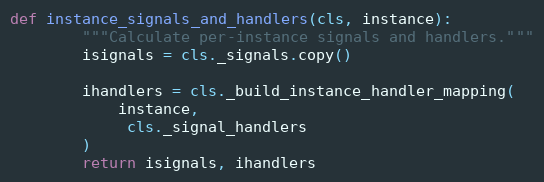
Language: Python
def instance_signals_and_handlers(cls, instance):
        """Calculate per-instance signals and handlers."""
        isignals = cls._signals.copy()

        ihandlers = cls._build_instance_handler_mapping(
            instance,
             cls._signal_handlers
        )
        return isignals, ihandlers